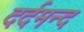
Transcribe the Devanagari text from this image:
दर्दमन्द